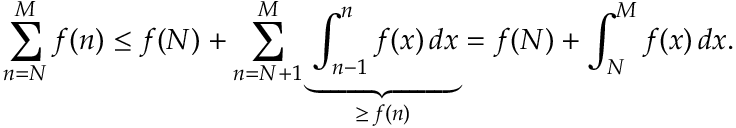
\sum _ { n = N } ^ { M } f ( n ) \leq f ( N ) + \sum _ { n = N + 1 } ^ { M } \underbrace { \int _ { n - 1 } ^ { n } f ( x ) \, d x } _ { \geq \, f ( n ) } = f ( N ) + \int _ { N } ^ { M } f ( x ) \, d x .